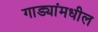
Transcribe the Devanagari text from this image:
गाड्यांमधील